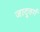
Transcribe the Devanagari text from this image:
जादूवर्ग